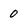
Character: 0